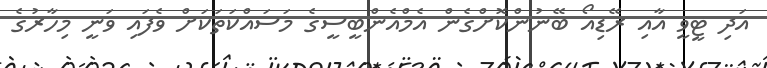
އަދި ޓީވީ އާއި ރޭޑިއޯ ބޭނުންކޮށްގެން އެމްއެންބީސީގެ މަސައްކަތަކަށް ވެފައި ވަނީ މިހާރުގެ